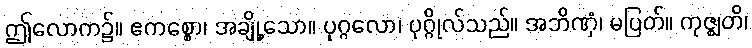
ဤလောက၌။ ဧကစ္စော၊ အချို့သော။ ပုဂ္ဂလော၊ ပုဂ္ဂိုလ်သည်။ အဘိဏှံ၊ မပြတ်။ ကုဇ္ဈတိ၊